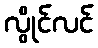
လွိုင်လင်